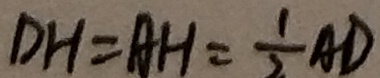
D H = A H = \frac { 1 } { 2 } A D